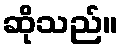
ဆိုသည်။